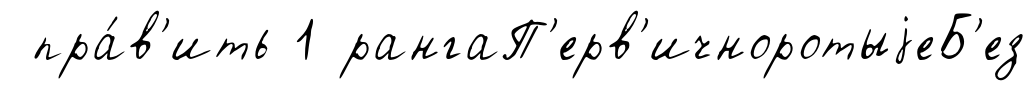
пра́в'ить 1 рангаП'ерв'ичноротыjеБ'ез